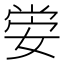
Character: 𡝷